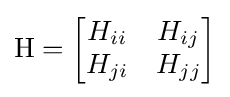
\mathrm {H} ={\begin{bmatrix}{H_{ii}}&{H_{ij}}\\{H_{ji}}&{H_{jj}}\end{bmatrix}}